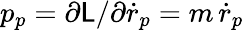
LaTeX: p_{p}=\partial\mathsf{L}/\partial\dot{{r}}_{p}=m\, \dot{{r}}_{p}